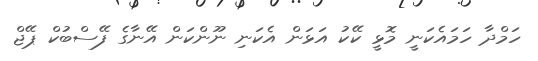
ހަމްދާ ހަމައެކަނީ މޮޅީ ކޭކު އަޅަން އެކަނި ނޫންކަން އޭނާގެ ފޭސްބުކް ޕޭޖް